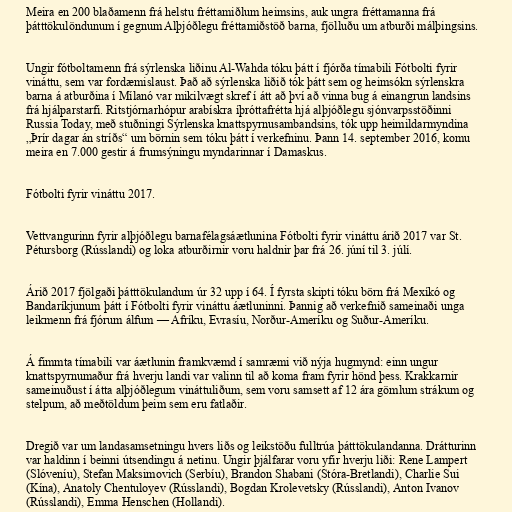
Meira en 200 blaðamenn frá helstu fréttamiðlum heimsins, auk ungra fréttamanna frá
þátttökulöndunum í gegnum Alþjóðlegu fréttamiðstöð barna, fjölluðu um atburði málþingsins.

Ungir fótboltamenn frá sýrlenska liðinu Al-Wahda tóku þátt í fjórða tímabili Fótbolti fyrir
vináttu, sem var fordæmislaust. Það að sýrlenska liðið tók þátt sem og heimsókn sýrlenskra
barna á atburðina í Mílanó var mikilvægt skref í átt að því að vinna bug á einangrun landsins
frá hjálparstarfi. Ritstjórnarhópur arabískra íþróttafrétta hjá alþjóðlegu sjónvarpsstöðinni
Russia Today, með stuðningi Sýrlenska knattspyrnusambandsins, tók upp heimildarmyndina
„Þrír dagar án stríðs“ um börnin sem tóku þátt í verkefninu. Þann 14. september 2016, komu
meira en 7.000 gestir á frumsýningu myndarinnar í Damaskus.

Fótbolti fyrir vináttu 2017.

Vettvangurinn fyrir alþjóðlegu barnafélagsáætlunina Fótbolti fyrir vináttu árið 2017 var St.
Pétursborg (Rússlandi) og loka atburðirnir voru haldnir þar frá 26. júní til 3. júlí.

Árið 2017 fjölgaði þátttökulandum úr 32 upp í 64. Í fyrsta skipti tóku börn frá Mexíkó og
Bandaríkjunum þátt í Fótbolti fyrir vináttu áætluninni. Þannig að verkefnið sameinaði unga
leikmenn frá fjórum álfum — Afríku, Evrasíu, Norður-Ameríku og Suður-Ameríku.

Á fimmta tímabili var áætlunin framkvæmd í samræmi við nýja hugmynd: einn ungur
knattspyrnumaður frá hverju landi var valinn til að koma fram fyrir hönd þess. Krakkarnir
sameinuðust í átta alþjóðlegum vináttuliðum, sem voru samsett af 12 ára gömlum strákum og
stelpum, að meðtöldum þeim sem eru fatlaðir.

Dregið var um landasamsetningu hvers liðs og leikstöðu fulltrúa þátttökulandanna. Drátturinn
var haldinn í beinni útsendingu á netinu. Ungir þjálfarar voru yfir hverju liði: Rene Lampert
(Slóveníu), Stefan Maksimovich (Serbíu), Brandon Shabani (Stóra-Bretlandi), Charlie Sui
(Kína), Anatoly Chentuloyev (Rússlandi), Bogdan Krolevetsky (Rússlandi), Anton Ivanov
(Rússlandi), Emma Henschen (Hollandi).